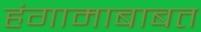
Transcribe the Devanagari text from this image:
हंगामाबाबत